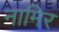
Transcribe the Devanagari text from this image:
नामिर